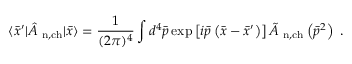
\langle { \bar { x } } ^ { \prime } | { \hat { A } } _ { \mathrm { \footnotesize ~ n , c h } } | \bar { x } \rangle = \frac 1 { ( 2 \pi ) ^ { 4 } } \int d ^ { 4 } { \bar { p } } \exp \left[ i { \bar { p } } \left( { \bar { x } } - { \bar { x } } ^ { \prime } \right) \right] { \tilde { A } } _ { \mathrm { \footnotesize ~ n , c h } } \left( { \bar { p } } ^ { 2 } \right) \ .